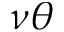
\nu \theta